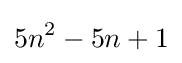
5n^{2}-5n+1